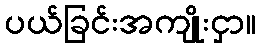
ပယ်ခြင်းအကျိုးငှာ။